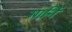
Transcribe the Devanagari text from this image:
गार्नि